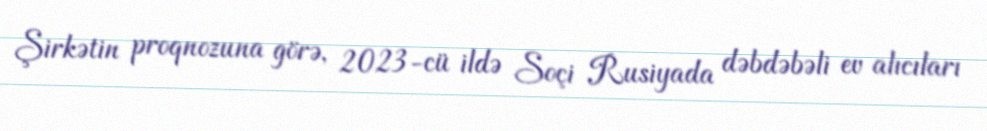
Şirkətin proqnozuna görə, 2023-cü ildə Soçi Rusiyada dəbdəbəli ev alıcıları